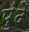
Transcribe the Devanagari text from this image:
पु्ढे